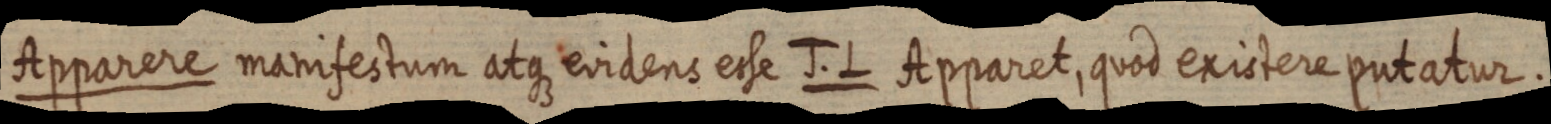
Apparere manifestum atque evidens esse J. L Apparet, quod existere putatur.